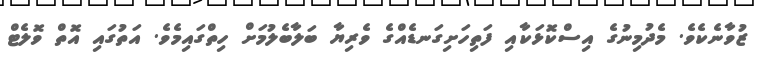
ޒުވާނެކެވެ. މެދުމިނުގެ އިސްކޮޅަކާއި ފަތިހަށިގަނޑެއްގެ ވެރިޔާ ބަލާބެލުމަށް ހިތްގައިމެވެ. އަތުގައި އޮތް ވޮލެޓް